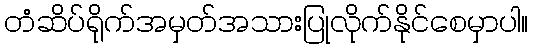
တံဆိပ်ရိုက်အမှတ်အသားပြုလိုက်နိုင်စေမှာပါ။